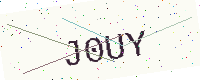
Text: J0UY